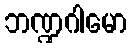
ဘဏ္ဍဂါမော